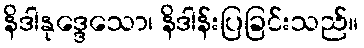
နိဒါနုဒ္ဒေသော၊ နိဒါန်းပြခြင်းသည်။